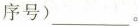
序号)___。